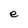
Character: e